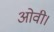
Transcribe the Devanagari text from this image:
ओवी।